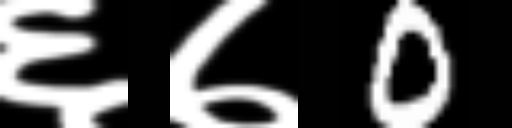
Text: ६७0